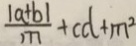
\frac { \vert a + b \vert } { m } + c d + m ^ { 2 }